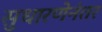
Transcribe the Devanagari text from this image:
सुधारणेनंतर